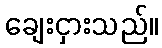
ချေးငှားသည်။